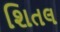
શિતલ